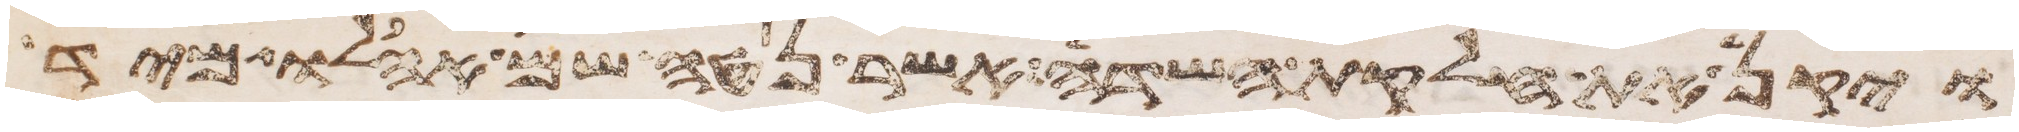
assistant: ויקן את חלקת השדה אשר נטה שם אהלו מיד